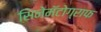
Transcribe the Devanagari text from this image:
सिनेमॅटोग्राफ